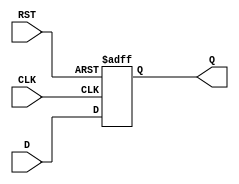
module DataRegister (
    input  wire [N-1:0] D,    // Data input
    input  wire CLK,           // Clock input
    input  wire RST,           // Reset input (asynchronous)
    output reg  [N-1:0] Q      // Data output
);

parameter N = 8; // Define the width of the register (number of bits)

// Always block for capturing data on the rising edge of the clock
always @(posedge CLK or posedge RST) begin
    if (RST) begin
        Q <= {N{1'b0}}; // Asynchronously reset Q to 0
    end else begin
        Q <= D; // Capture input D on the rising edge of CLK
    end
end

endmodule